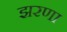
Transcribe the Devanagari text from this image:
झरणा